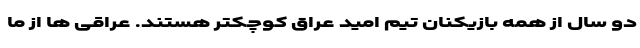
دو سال از همه بازیکنان تیم امید عراق کوچکتر هستند. عراقی ها از ما